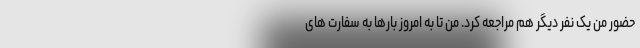
حضور من یک نفر دیگر هم مراجعه کرد. من تا به امروز بارها به سفارت های